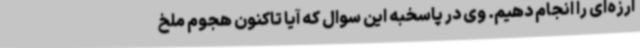
ارزه‌ای را انجام دهیم. وی در پاسخبه این سوال که آیا تاکنون هجوم ملخ